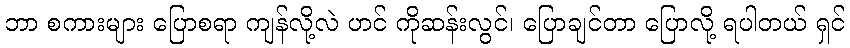
ဘာ စကားများ ပြောစရာ ကျန်လို့လဲ ဟင် ကိုဆန်းလွင်၊ ပြောချင်တာ ပြောလို့ ရပါတယ် ရှင်